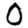
Digit: 0